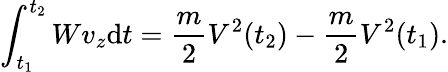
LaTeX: \int_{t_{1}}^{t_{2}}Wv_{z}\mathrm{d}t={\frac{{m}}{{2}}}V^{2}(t_{2})-{\frac{{m}}{{2}}}V^{2}(t_{1}).